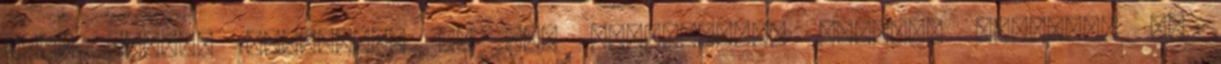
ezer lakost érintett. Az OKF információi szerint jelenleg 30